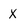
Character: X